Civil Veterinary Department Bihar & Orissa reports 1922-29 - 1922-1929
Year: 1922
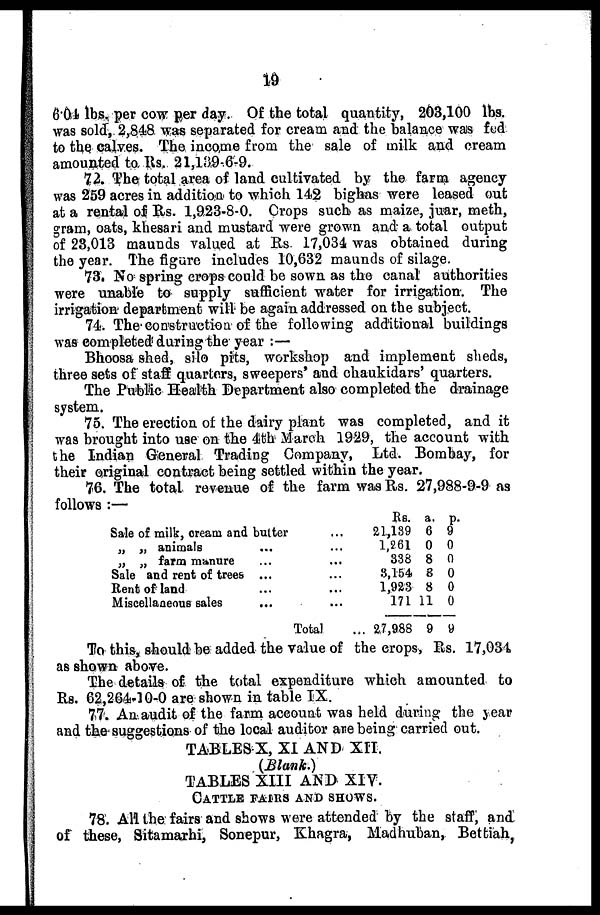
19
6.01 lbs. per cow per day. Of the total quantity, 203,100 lbs.
was sold, 2,848 was separated for cream and the balance was fed
to the calves. The income from the sale of milk and cream
amounted to Its. 21,139-6-9.
72. The total area of land cultivated by the farm agency
was 259 acres in addition to which 142 bighas were leased out
at a rental of Rs. 1,923-8-0. Crops such as maize, juar, meth,
gram, oats, khesari and mustard were grown and a total output
of 23,013 maunds valued at Rs. 17,034 was obtained during
the year. The figure includes 10,632 maunds of silage.
73. No spring crops could be sown as the canal authorities
were unable to supply sufficient water for irrigation. The
irrigation department will be again addressed on the subject.
74. The construction of the following additional buildings
was completed during the year :—
Bhoosa shed, silo pits, workshop and implement sheds,
three sets of staff quarters, sweepers' and chaukidars' quarters.
The Public Health Department also completed the drainage
system.
75. The erection of the dairy plant was completed, and it
was brought into use on the 4th March 1929, the account with
the Indian General Trading Company, Ltd. Bombay, for
their original contract being settled within the year.
76. The total revenue of the farm was Rs. 27,988-9-9 as
follows :—
Sale of milk, cream and butter
„ „ animals ...
„ „ farm manure ...
Sale and rent of trees ...
Rent of land ...
Miscellaneous sales
...
...
...
...
...
...
...
Total ...
Rs.
21,139
1,261
338
3,154
1,923
171
27,988
a.
6
0
8
8
8
11
9
p.
9
0
0
0
0
0
9
To this, should be added the value of the crops, Rs. 17,034
as shown above.
The details of the total expenditure which amounted to
Rs. 62,264-10-0 are shown in table IX.
77. An audit of the farm account was held during the year
and the suggestions of the local auditor are being carried out.
TABLES X, XI AND XII.
(Blank.)
TABLES XIII AND XIV.
CATTLE FAIRS AND SHOWS.
78. All the fairs and shows were attended by the staff, and
of these, Sitamarhi, Sonepur, Khagra, Madhuban, Bettiah,